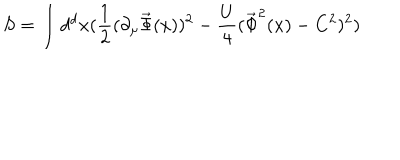
S = \int d ^ { d } x ( \frac { 1 } { 2 } ( \partial _ { \mu } \vec { \Phi } ( x ) ) ^ { 2 } - \frac { U } { 4 } ( \vec { \Phi } ^ { 2 } ( x ) - C ^ { 2 } ) ^ { 2 } )